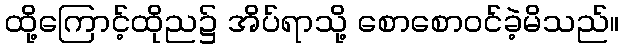
ထို့ကြောင့်ထိုည၌ အိပ်ရာသို့ စောစောဝင်ခဲ့မိသည်။